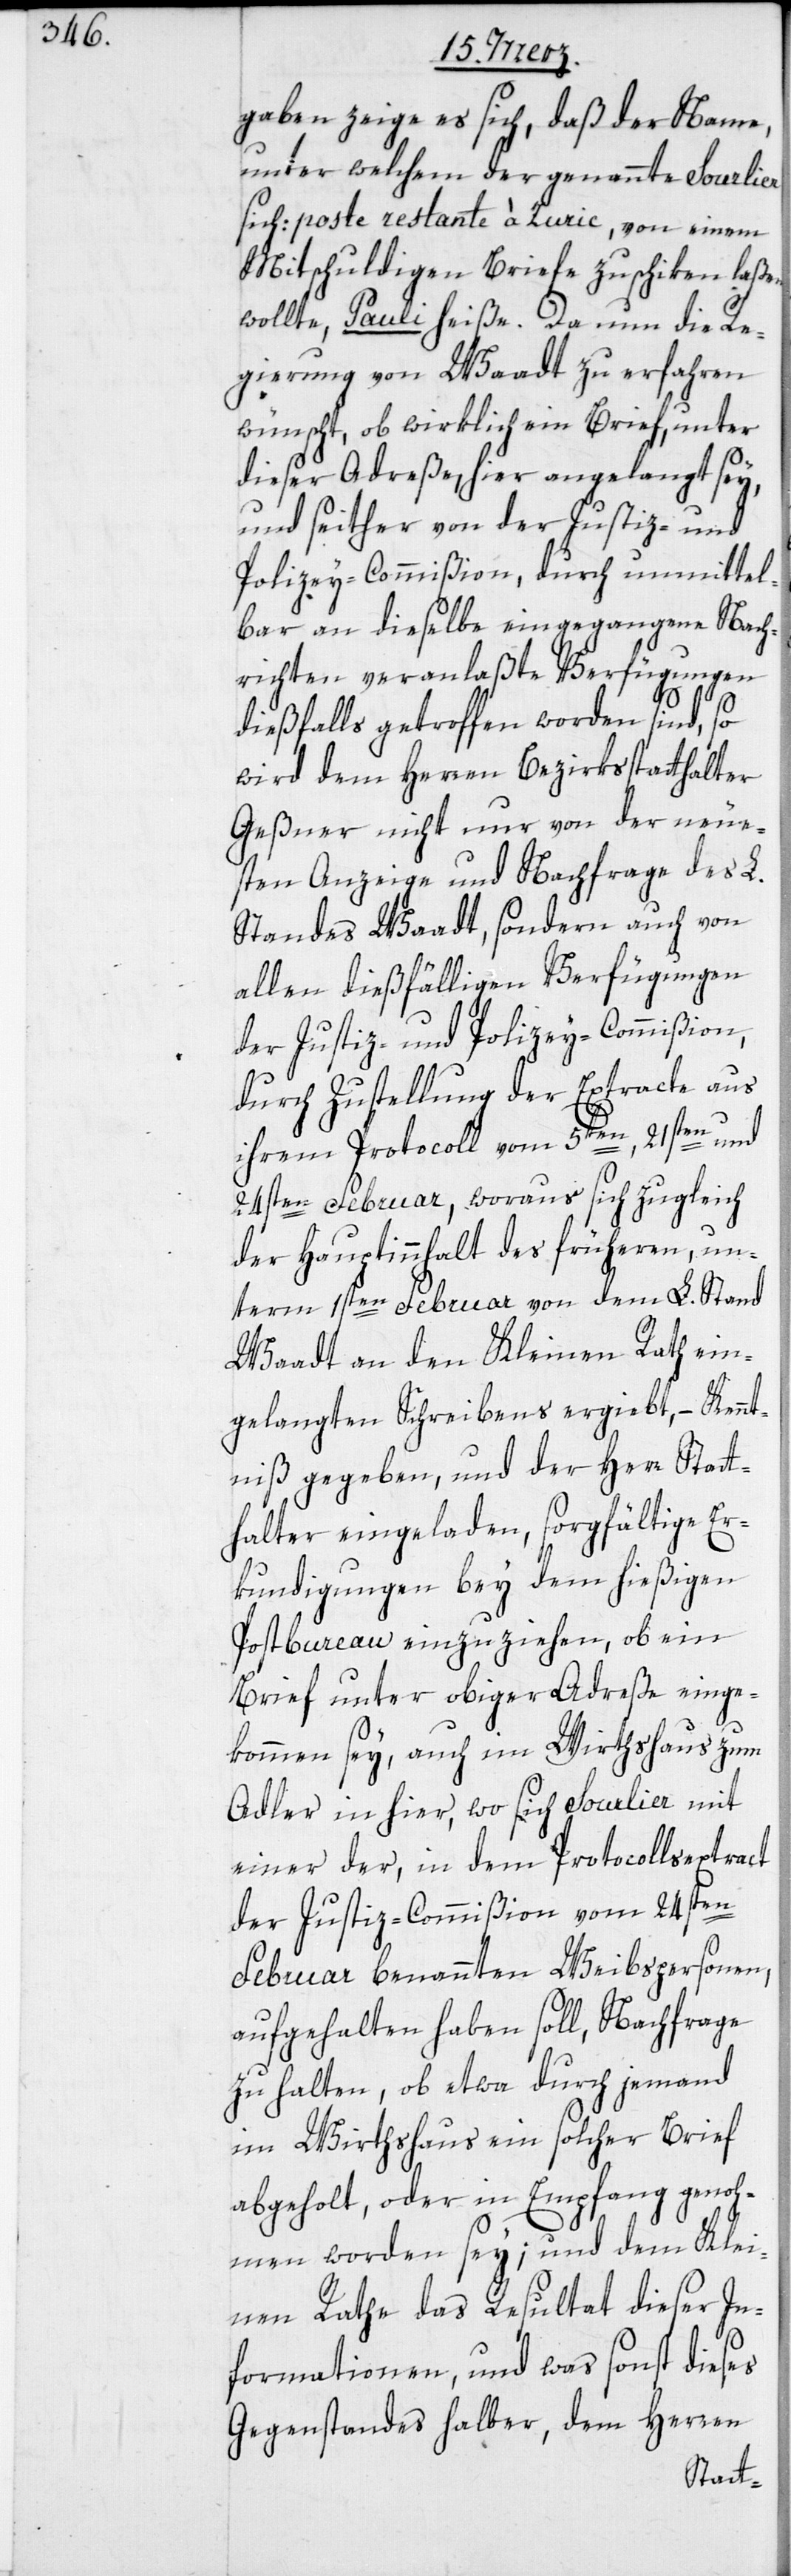
gaben zeige es sich, daß der Name,
unter welchem der genannte Sourlier
sich: poste restante à Zuric, von einem
Mitschuldigen Briefe zuschiken laßen
wollte, Pauli heiße. Da nun die Re¬
gierung von Waadt zu erfahren
wünscht, ob wirklich ein Brief, unter
dieser Adreße, hier angelangt sey,
und seither von der Justiz- und
Polizey-Commißion, durch unmittel¬
bar an dieselbe eingegangene Nach¬
richten veranlaßte Verfügungen
dießfalls getroffen worden sind, so
wird dem Herren Bezirksstatthalter
Geßner nicht nur von der neue¬
sten Anzeige und Nachfrage des L.
Standes Waadt, sondern auch von
allen dießfälligen Verfügungen
der Justiz- und Polizey-Commißion,
durch Zustellung der Extracte aus
en und
ihrem Protocoll vom 5ten, 21st¬
24sten Februar, woraus sich zugleich
der Hauptinnhalt des früheren, un¬
term 1sten Februar von dem L. Stand
Waadt an den Kleinen Rath ein¬
gelangten Schreibens ergiebt, – Kennt¬
niß gegeben, und der Herr Statt¬
halter eingeladen, sorgfältige Er¬
kundigungen bey dem hießigen
Postbureau einzuziehen, ob ein
Brief unter obiger Adreße einge¬
kommen sey, auch im Wirthshaus zum
Adler in hier, wo sich Sourlier mit
einer der, in dem Protocollsextract
der Justiz-Commißion vom 24sten
Februar benannten Weibspersonen,
aufgehalten haben soll, Nachfrage
zu halten, ob etwa durch jemand
im Wirthshaus ein solcher Brief
abgeholt, oder in Empfang genoh¬
men worden sey; und dem Klei¬
nen Rathe das Resultat dieser In¬
formationen, und was sonst dieses
Gegenstandes halber, dem Herren